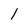
Character: 1